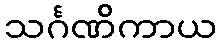
သင်္ဂဏိကာယ